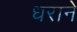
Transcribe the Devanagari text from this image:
धराने